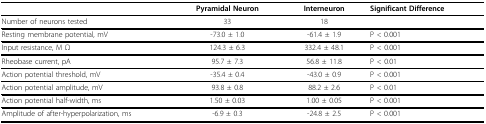
<table><thead><tr><td></td><td><b>Pyramidal Neuron</b></td><td><b>Interneuron</b></td><td><b>Significant Difference</b></td></tr></thead><tbody><tr><td>Number of neurons tested</td><td>33</td><td>18</td><td></td></tr><tr><td>Resting membrane potential, mV</td><td>-73.0 ± 1.0</td><td>-61.4 ± 1.9</td><td>P &lt; 0.001</td></tr><tr><td>Input resistance, M Ω</td><td>124.3 ± 6.3</td><td>332.4 ± 48.1</td><td>P &lt; 0.001</td></tr><tr><td>Rheobase current, pA</td><td>95.7 ± 7.3</td><td>56.8 ± 11.8</td><td>P &lt; 0.01</td></tr><tr><td>Action potential threshold, mV</td><td>-35.4 ± 0.4</td><td>-43.0 ± 0.9</td><td>P &lt; 0.001</td></tr><tr><td>Action potential amplitude, mV</td><td>93.8 ± 0.8</td><td>88.2 ± 2.6</td><td>P &lt; 0.01</td></tr><tr><td>Action potential half-width, ms</td><td>1.50 ± 0.03</td><td>1.00 ± 0.05</td><td>P &lt; 0.001</td></tr><tr><td>Amplitude of after-hyperpolarization, ms</td><td>-6.9 ± 0.3</td><td>-24.8 ± 2.5</td><td>P &lt; 0.001</td></tr></tbody></table>